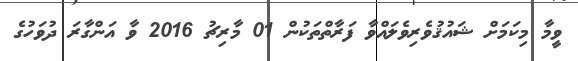
ވީމާ މިކަމަށް ޝައުޤުވެރިވެލައްވާ ފަރާތްތަކުން 01 މާރިޗު 2016 ވާ އަންގާރަ ދުވަހުގެ